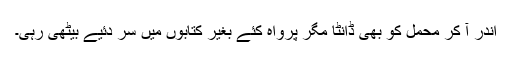
اندر آ کر محمل کو بھی ڈانٹا مگر پرواہ کئے بغیر کتابوں میں سر دئیے بیٹھی رہی۔